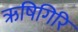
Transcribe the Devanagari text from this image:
ऋषिगिरि